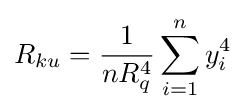
R_{ku}={\frac {1}{nR_{q}^{4}}}\sum _{i=1}^{n}y_{i}^{4}